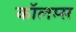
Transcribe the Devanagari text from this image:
कॉलम्स